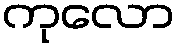
ကုလော